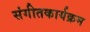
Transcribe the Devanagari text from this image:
संगीतकार्यक्रम